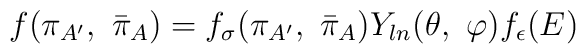
f(\pi_{A^{\prime}}, \ {\bar \pi}_{A})=f_{\sigma}(\pi_{A^{\prime}}, \ {\bar \pi}_{A})Y_{ln}(\theta, \ \varphi)f_{\epsilon}(E)